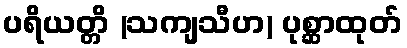
ပရိယတ္တိ (သကျသီဟ) ပုစ္ဆာထုတ်